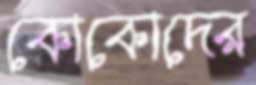
কোকোদের